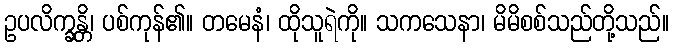
ဥပလိက္ခန္တိ၊ ပစ်ကုန်၏။ တမေနံ၊ ထိုသူရဲကို။ သကသေနာ၊ မိမိစစ်သည်တို့သည်။